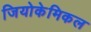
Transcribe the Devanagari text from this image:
जियोकेमिकल